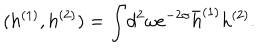
( h ^ { ( 1 ) } , h ^ { ( 2 ) } ) = \int \! d ^ { 2 } \omega e ^ { - 2 \sigma } \bar { h } ^ { ( 1 ) } h ^ { ( 2 ) } .